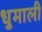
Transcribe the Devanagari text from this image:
धुमाली